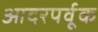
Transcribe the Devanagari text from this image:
आदरपर्वूक